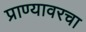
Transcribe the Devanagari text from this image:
प्राण्यावरचा